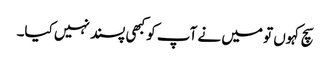
سچ کہوں تو میں نے آپ کو کبھی پسند نہیں کیا۔